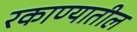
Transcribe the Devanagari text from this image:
रकाण्यातील